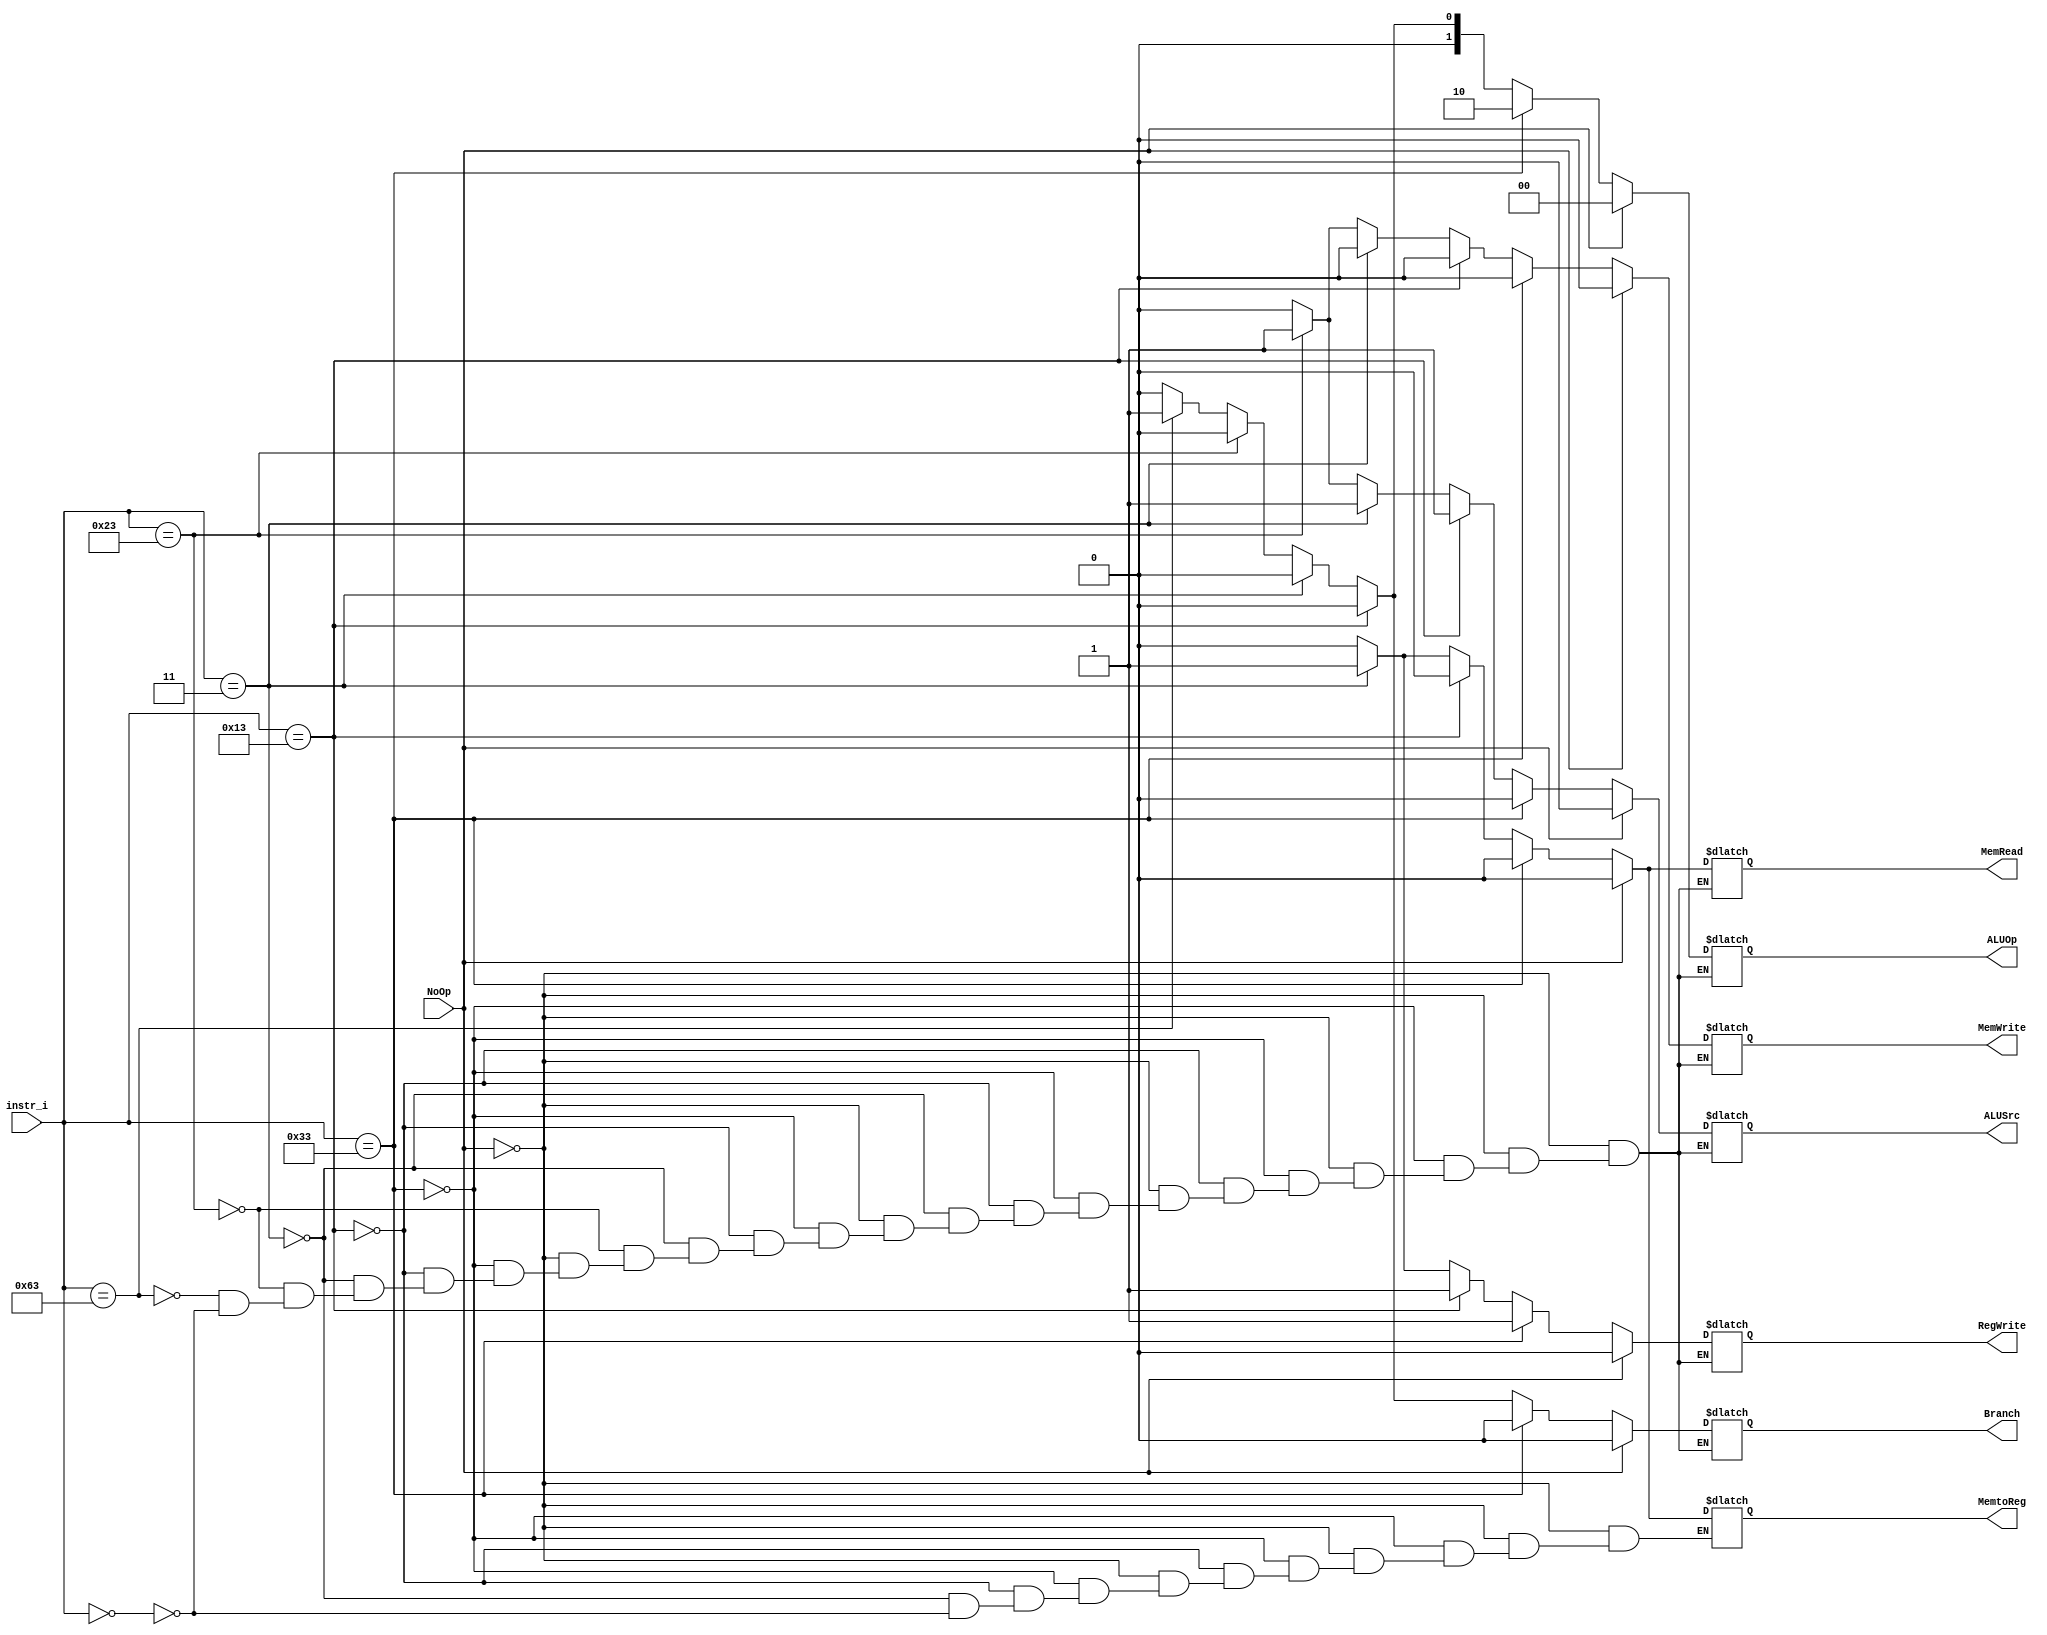
module Control
(
    NoOp,
    instr_i,
    ALUOp,
    ALUSrc,
    RegWrite,
    MemtoReg,
    MemRead,
    MemWrite,
    Branch
);

input           NoOp;
input   [6:0]   instr_i;
output  [1:0]   ALUOp;
output          ALUSrc;
output          RegWrite;
output          MemtoReg;
output          MemRead;
output          MemWrite;
output          Branch;

reg  [1:0]      ALUOp;
reg             ALUSrc;
reg             RegWrite;
reg             MemtoReg;
reg             MemRead;
reg             MemWrite;
reg             Branch;

always@(*) begin
    // no instruction
    if (instr_i == 7'b0) begin
        ALUOp = 2'b00;
        ALUSrc = 1'b0;
        RegWrite = 1'b0;
        MemtoReg = 1'b0;
        MemRead = 1'b0;
        MemWrite = 1'b0;
        Branch = 1'b0;
    end
    // NoOp
    if (NoOp == 1'b1) begin
        ALUOp = 2'b00;
        ALUSrc = 1'b0;
        RegWrite = 1'b0;
        MemtoReg = 1'b0;
        MemRead = 1'b0;
        MemWrite = 1'b0;
        Branch = 1'b0;
    end
    // r-type
    else if (instr_i == 7'b0110011) begin
        ALUOp = 2'b10;
        ALUSrc = 1'b0;
        RegWrite = 1'b1;
        MemtoReg = 1'b0;
        MemRead = 1'b0;
        MemWrite = 1'b0;
        Branch = 1'b0;
    end
    // immediate
    else if (instr_i == 7'b0010011) begin
        ALUOp = 2'b00;
        ALUSrc = 1'b1;
        RegWrite = 1'b1;        // only addi, srai
        MemtoReg = 1'b0;
        MemRead = 1'b0;
        MemWrite = 1'b0;
        Branch = 1'b0;
    end
    // lw
    else if (instr_i == 7'b0000011) begin
        ALUOp = 2'b00;
        ALUSrc = 1'b1;
        RegWrite = 1'b1;
        MemtoReg = 1'b1;
        MemRead = 1'b1;
        MemWrite = 1'b0;
        Branch = 1'b0;
    end
    // sw
    else if (instr_i == 7'b0100011) begin
        ALUOp = 2'b00;
        ALUSrc = 1'b1;
        RegWrite = 1'b0;
        // MemtoReg = 1'b0;
        MemRead = 1'b0;
        MemWrite = 1'b1;
        Branch = 1'b0;
    end
    // beq
    else if (instr_i == 7'b1100011) begin
        ALUOp = 2'b01;
        ALUSrc = 1'b0;
        RegWrite = 1'b0;
        // MemtoReg = 1'b0;
        MemRead = 1'b0;
        MemWrite = 1'b0;
        Branch = 1'b1;
    end
end

endmodule